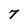
Character: 7